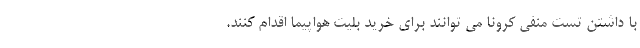
با داشتن تست منفی کرونا می توانند برای خرید بلیت هواپیما اقدام کنند.